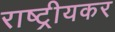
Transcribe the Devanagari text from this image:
राष्ट्रीयकर